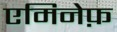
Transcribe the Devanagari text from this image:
एमिनेफ़